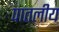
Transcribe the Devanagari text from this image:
पातलीय